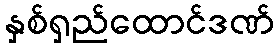
နှစ်ရှည်ထောင်ဒဏ်